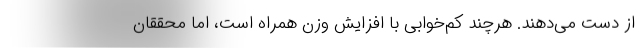
از دست می‌دهند. هرچند کم‌خوابی با افزایش وزن همراه است، اما محققان